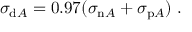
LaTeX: \sigma _ { \mathrm { d } A } = 0 . 9 7 ( \sigma _ { \mathrm { n } A } + \sigma _ { \mathrm { p } A } ) \; .